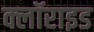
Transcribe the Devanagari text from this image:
क्लॉराइड